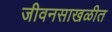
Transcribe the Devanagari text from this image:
जीवनसाखळीत